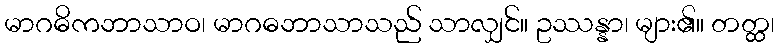
မာဂဓိကဘာသာဝ၊ မာဂဓဘာသာသည် သာလျှင်။ ဥဿန္နာ၊ များ၏။ တတ္ထ၊